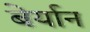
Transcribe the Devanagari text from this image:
बेर्यान